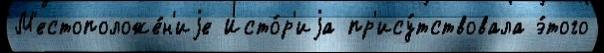
М'естоположе́н'иjе Исто́р'иjа пр'ису́тствовала э́того